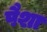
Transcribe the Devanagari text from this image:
पैशा